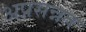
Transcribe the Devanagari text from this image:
अप्रसन्नत